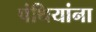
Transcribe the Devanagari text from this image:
पंथियांना